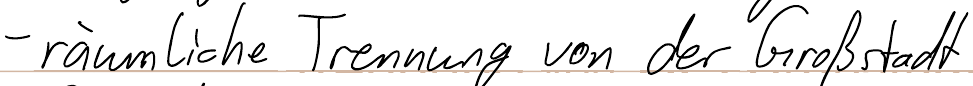
- räumliche Trennung von der Großstadt